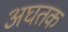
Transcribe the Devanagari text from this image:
अघतक